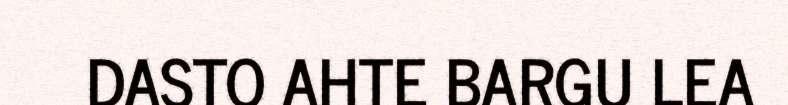
DASTO AHTE BARGU LEA